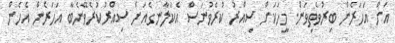
އަށް އަހަރެން ބިރުވެތިވަން. މީހަކަށް ސިއްރު ކުރެވުނަސް އެކަލާނގެއަށް ސިއްރުކުރެވޭނެބާ އަހަރެން އެހެން